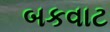
બકવાટ